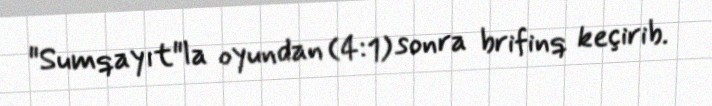
"Sumqayıt"la oyundan (4:1) sonra brifinq keçirib.